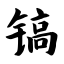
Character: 镐